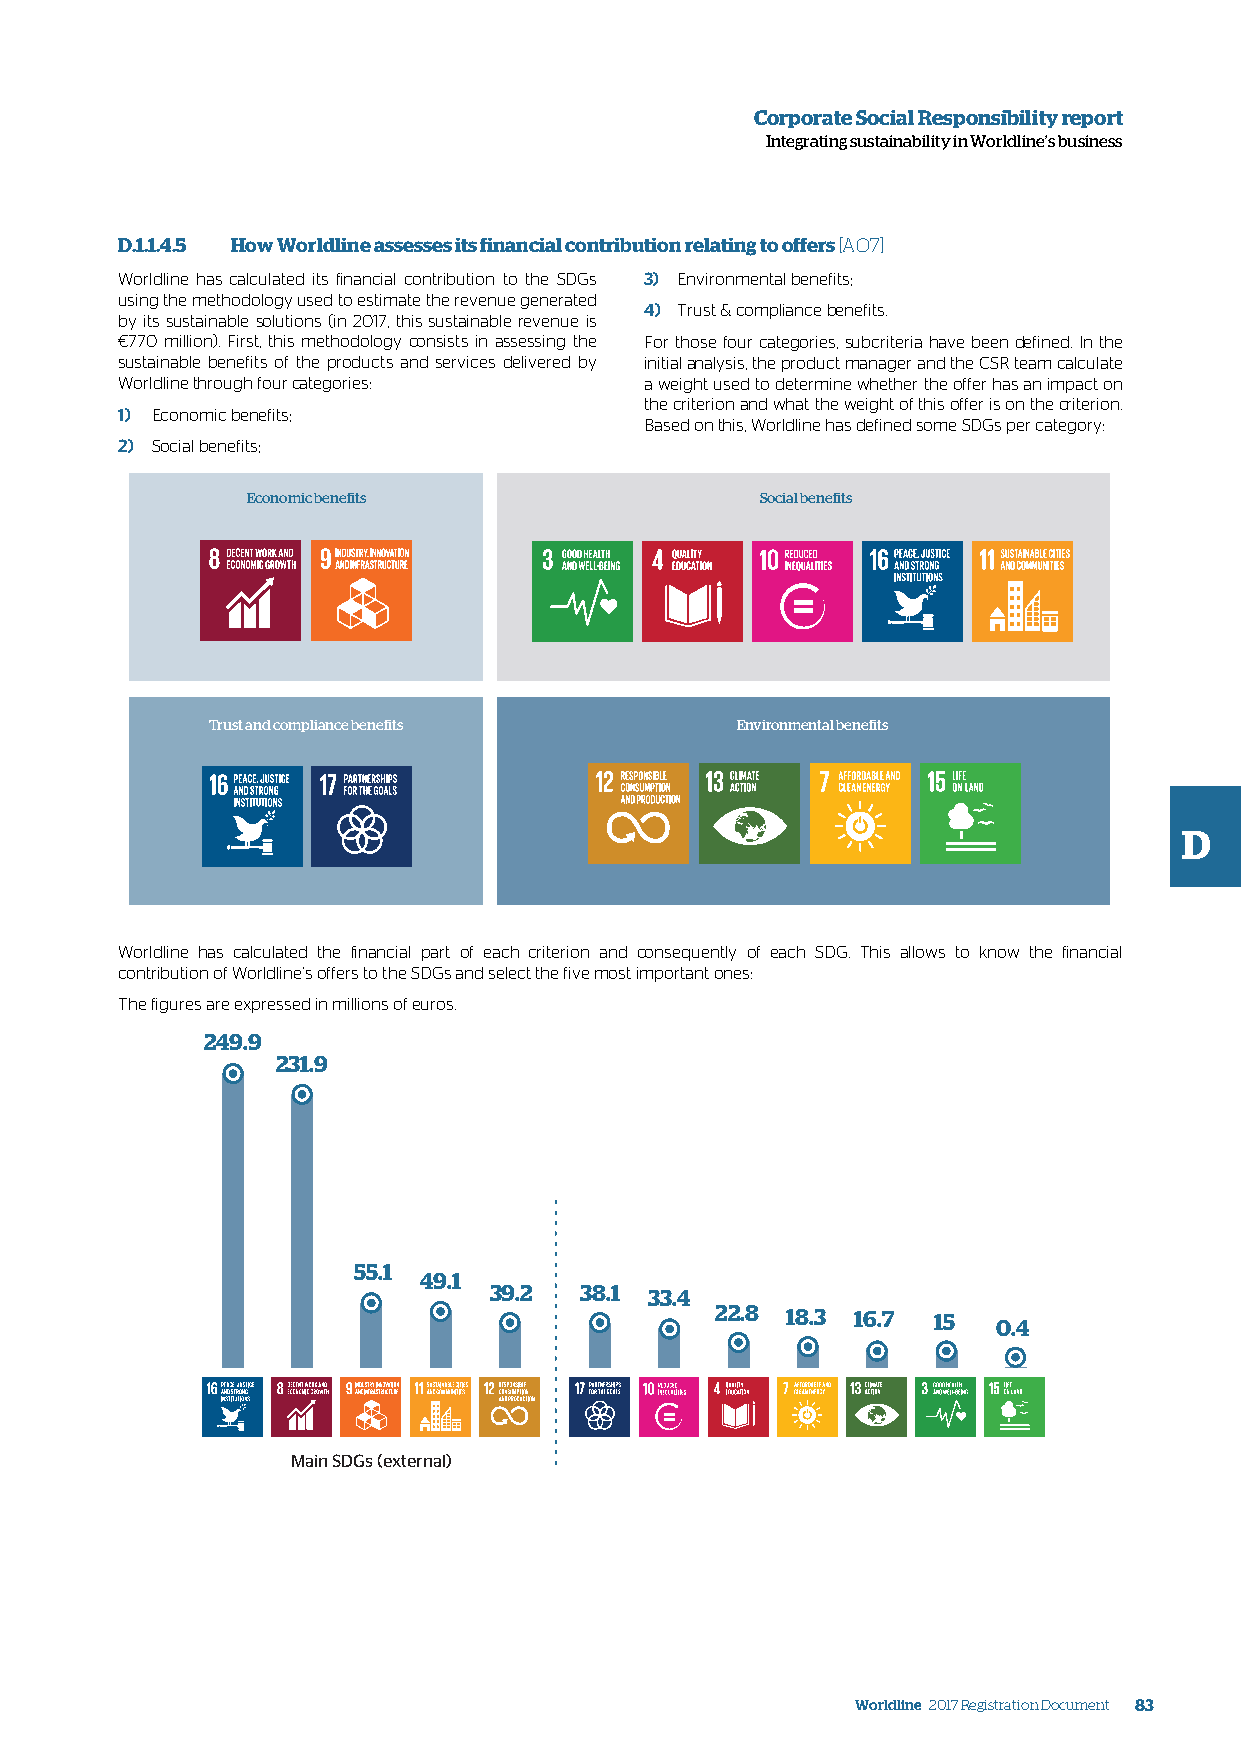
Corporate Social Responsibility report
 Integrating sustainability in Worldline’s business
 D.1.1.4.5 How Worldline assesses its financial contribution relating to offers [AO7]
 Worldline has calculated its financial contribution to the SDGs 3) Environmental benefits;
 using the methodology used to estimate the revenue generated
 4) Trust & compliance benefits.
 by its sustainable solutions (in 2017, this sustainable revenue is
 €770 million). First, this methodology consists in assessing the For those four categories, subcriteria have been defined. In the
 sustainable benefits of the products and services delivered by initial analysis, the product manager and the CSR team calculate
 Worldline through four categories: a weight used to determine whether the offer has an impact on
 the criterion and what the weight of this offer is on the criterion.
 1) Economic benefits;
 Based on this, Worldline has defined some SDGs per category:
 2) Social benefits;
 Economic benefits                 Social benefits
 Trust and compliance benefits      Environmental benefits
 D
 Worldline has calculated the financial part of each criterion and consequently of each SDG. This allows to know the financial
 contribution of Worldline’s offers to the SDGs and select the five most important ones:
 The figures are expressed in millions of euros.
 249.9
 231.9
 55.1
 49.1
 39.2  38.1 33.4
 22.8 18.3 16.7 15
 0.4
 Main SDGs (external)
 Worldline 2017 Registration Document 83